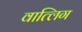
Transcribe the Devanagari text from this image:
वात्लिग